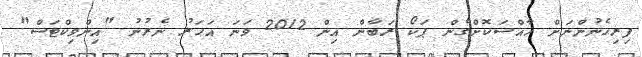
ފިރިހެނުންނަށް ހާއްސަކޮށްގެން ޕަކޯ ރަބާން އިން 2012 ވަނަ އަހަރު ނެރުނު "އިންވިކްޓަސް"